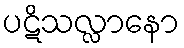
ပဋိသလ္လာနော